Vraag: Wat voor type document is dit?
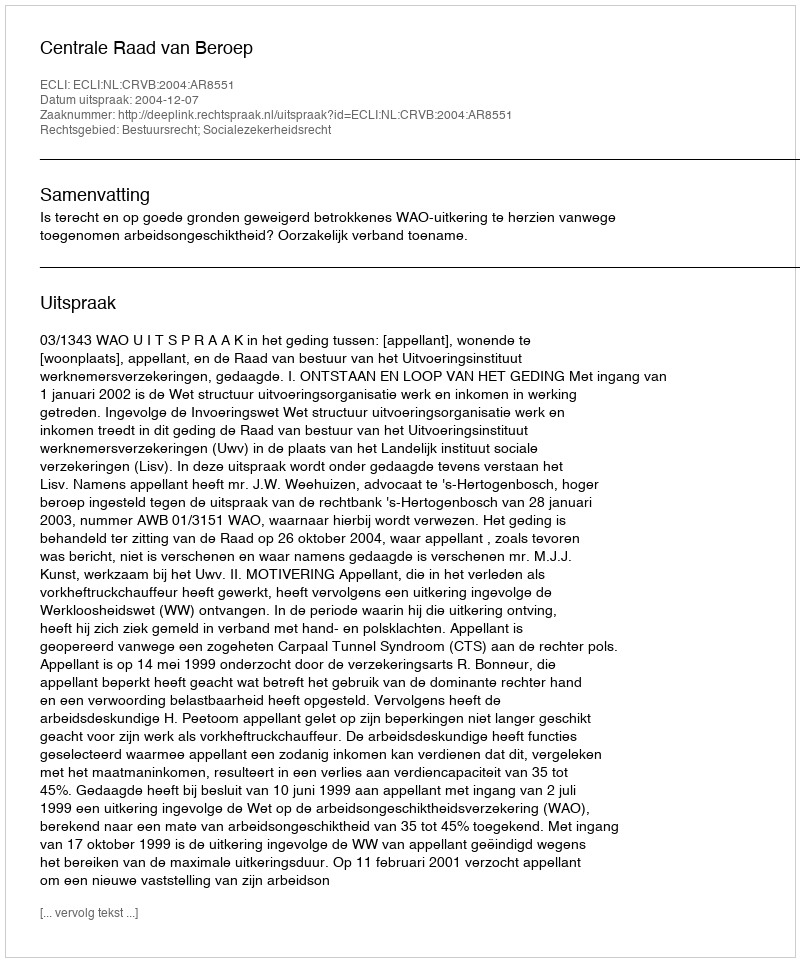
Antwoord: Uitspraak